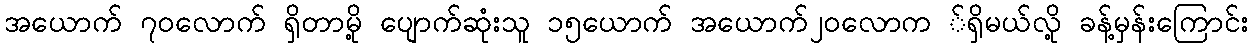
အယောက် ၇၀လောက် ရှိတာမို့ ပျောက်ဆုံးသူ ၁၅ယောက် အယောက်၂၀လောက ်ရှိမယ်လို့ ခန့်မှန်းကြောင်း